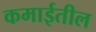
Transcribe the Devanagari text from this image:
कमाईतील